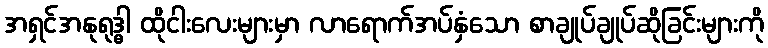
အရှင်အနုရုဒ္ဓါ ထိုငါးလေးများမှာ လာရောက်အပ်နှံသော စာချုပ်ချုပ်ဆိုခြင်းများကို